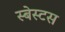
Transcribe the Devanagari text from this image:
स्बेस्टस